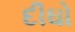
દીઘો